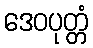
ဒေဝပုတ္တံ